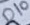
Text: D10